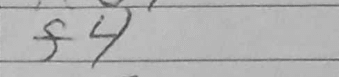
Transcription: f4